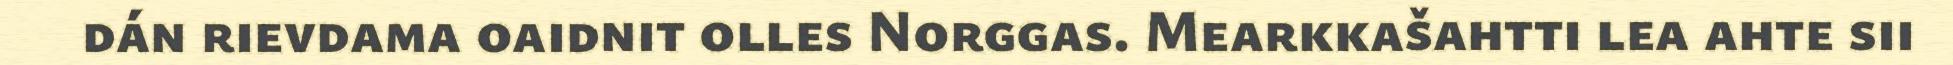
dán rievdama oaidnit olles Norggas. Mearkkašahtti lea ahte sii